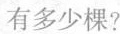
有多少棵？